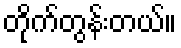
တိုက်တွန်းတယ်။